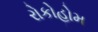
રોકોહોમ